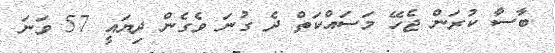
ބާސާ ކުރަން ޖެހޭ މަސައްކަތް ދެ ގުނަ ވެގެން ދިޔައީ 57 ވަނަ